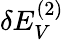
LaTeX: \delta E_{V}^{(2)}